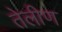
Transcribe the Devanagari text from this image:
तेलीण